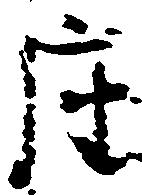
座